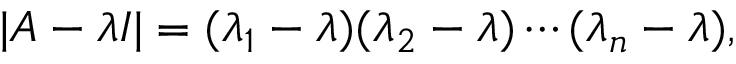
| A - \lambda I | = ( \lambda _ { 1 } - \lambda ) ( \lambda _ { 2 } - \lambda ) \cdots ( \lambda _ { n } - \lambda ) ,